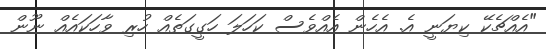
"އެއްޗެކޭ ކިޔަނީ އެ. އެހެން އެއްވެސް ކަހަލަ ހަގީގަތެއް ހުރި ވާހަކައެއް ނޫން